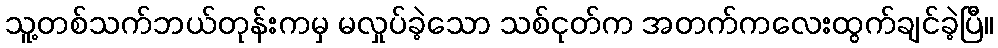
သူ့တစ်သက်ဘယ်တုန်းကမှ မလှုပ်ခဲ့သော သစ်ငုတ်က အတက်ကလေးထွက်ချင်ခဲ့ပြီ။